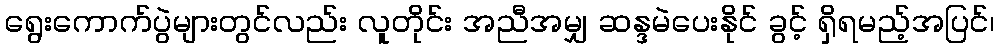
ရွေးကောက်ပွဲများတွင်လည်း လူတိုင်း အညီအမျှ ဆန္ဒမဲပေးနိုင် ခွင့် ရှိရမည့်အပြင်၊